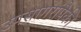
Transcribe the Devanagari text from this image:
उपसागरांपैकी